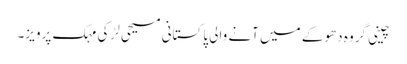
چینی گروہ دھوکے میں آنے والی پاکستانی مسیحی لڑکی مہک پرویز۔